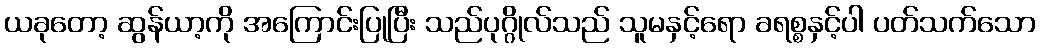
ယခုတော့ ဆွန်ယာ့ကို အကြောင်းပြုပြီး သည်ပုဂ္ဂိုလ်သည် သူမနှင့်ရော ခရစ္စနှင့်ပါ ပတ်သက်သော